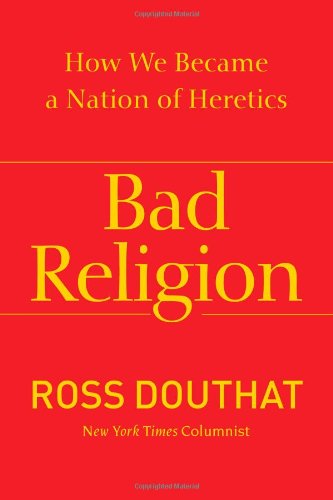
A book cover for Bad Religion: How We Became a Nation of Heretics; Ross Douthat; Christian Books & Bibles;